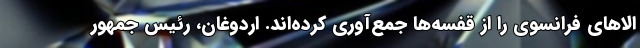
الاهای فرانسوی را از قفسه‌ها جمع‌آوری کرده‌اند. اردوغان، رئیس جمهور